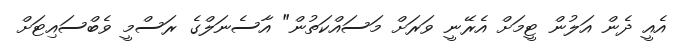
އެއީ ދެން އަލުން ޓީމަށް އެރޭނީ ވަރަށް މަސައްކަތުން" އާސެނަލްގެ ރަސްމީ ވެބްސައިޓަށް